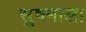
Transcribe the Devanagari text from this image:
सु़षमाला